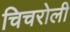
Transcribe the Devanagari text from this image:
चिचरोली